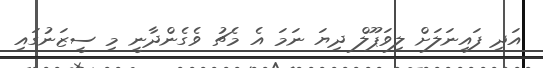
އަދި ފައިނަލަށް ލިވަޕޫލް ދިޔަ ނަމަ އެ މެޗު ވެގެންދާނީ މި ސީޒަނުގައި